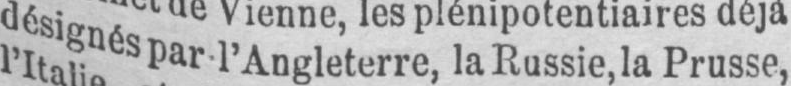
désignés par l’Angleterre, la Russie la Prusse,